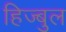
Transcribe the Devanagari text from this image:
हिज्बुल